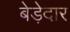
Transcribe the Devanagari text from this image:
बेड़ेदार